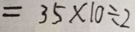
= 3 5 \times 1 0 \div 2